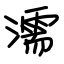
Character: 濡